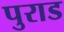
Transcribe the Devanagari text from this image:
पुराड